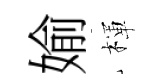
媮楎